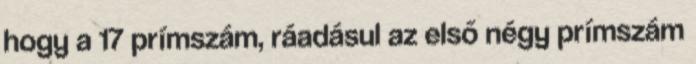
hogy a 17 prímszám, ráadásul az első négy prímszám